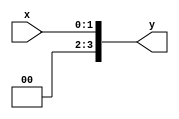
module twotofour(x, y);
	input [1:0] x;
	output [3:0] y;
	
	assign y[3] = 0;
	assign y[2] = 0;
	assign y[1] = x[1];
	assign y[0] = x[0];
endmodule